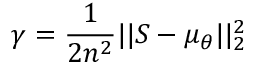
\gamma = \frac { 1 } { 2 n ^ { 2 } } | | S - \mu _ { \theta } | | _ { 2 } ^ { 2 }